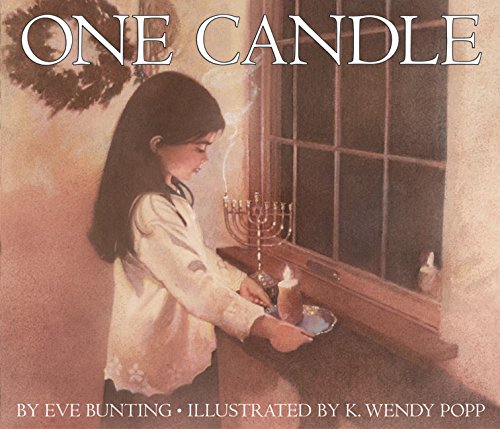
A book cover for One Candle; Eve Bunting; Children's Books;